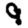
Digit: 9